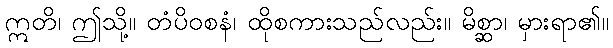
ဣတိ၊ ဤသို့။ တံပိဝစနံ၊ ထိုစကားသည်လည်း။ မိစ္ဆာ၊ မှားရာ၏။